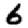
Digit: 6